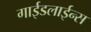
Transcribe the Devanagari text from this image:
गाईडलाईन्स